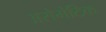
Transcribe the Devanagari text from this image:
अरोमेटिक